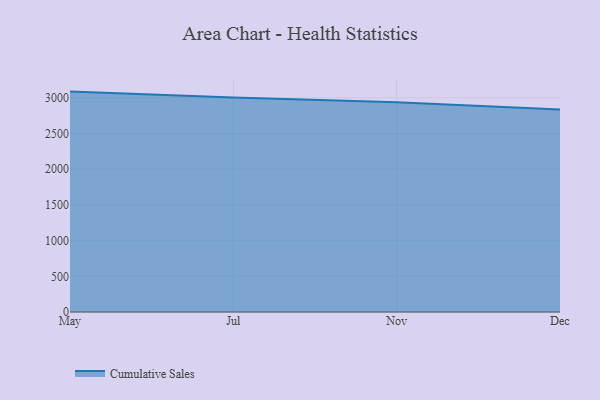
{"axis": {"x": "Month", "y": "Shipments"}, "legend": ["Cumulative Sales"], "data": [{"x": "May", "y": 3086.8, "type": "Cumulative Sales"}, {"x": "Jul", "y": 3002.8, "type": "Cumulative Sales"}, {"x": "Nov", "y": 2937.4, "type": "Cumulative Sales"}, {"x": "Dec", "y": 2836.3, "type": "Cumulative Sales"}]}